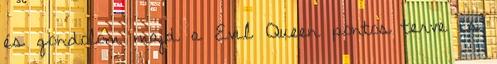
és gondolom majd a Evil Queen pontos terve is